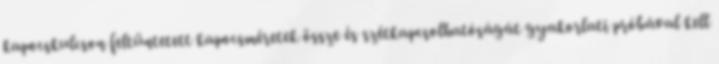
kapocskulcson feltüntetett kapocsméretek össze és szétkapcsolhatóságát gyakorlati próbával kell